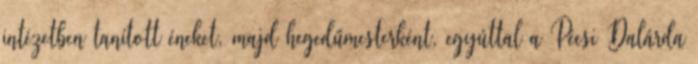
intézetben tanított éneket, majd hegedűmesterként, egyúttal a Pécsi Dalárda